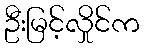
ဦးမြင့်လှိုင်က